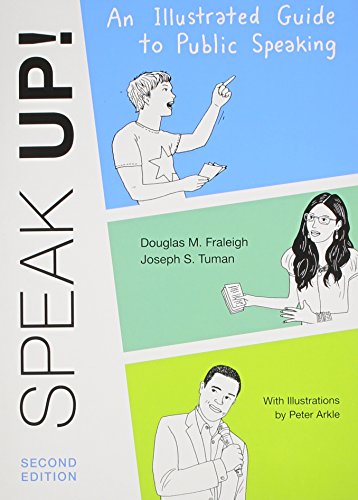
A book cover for Speak Up: An Illustrated Guide to Public Speaking; Douglas M. Fraleigh; Reference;